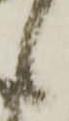
候